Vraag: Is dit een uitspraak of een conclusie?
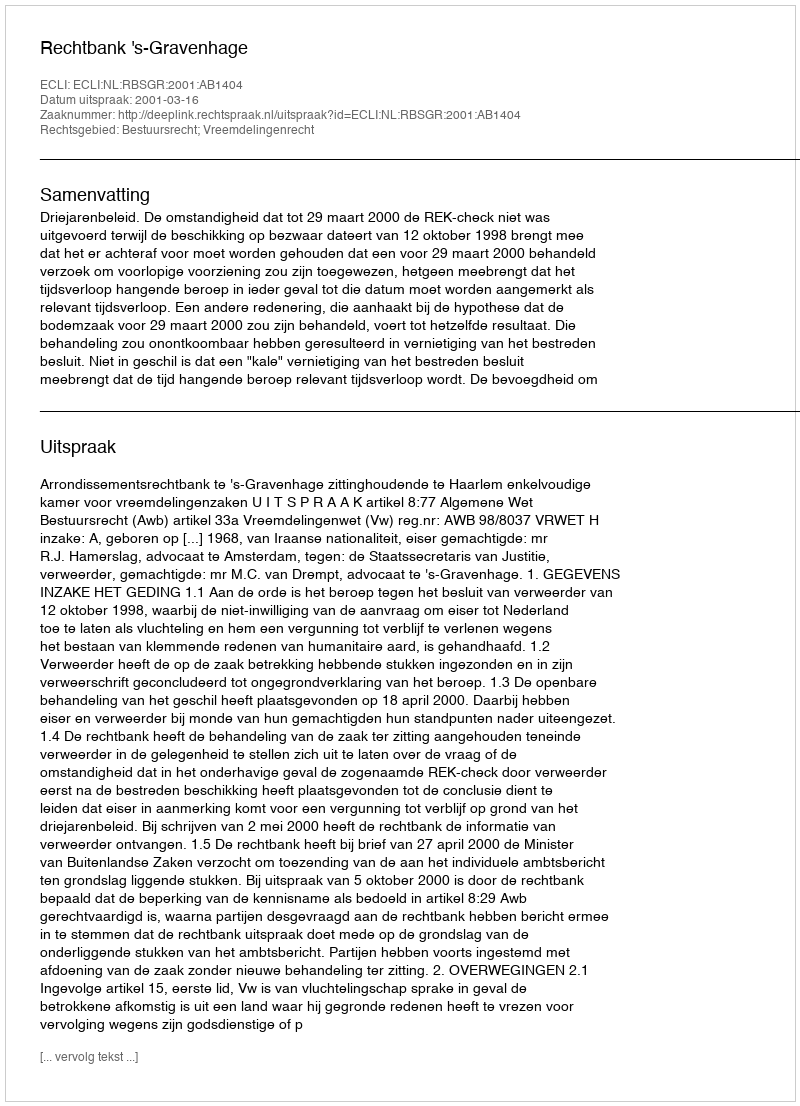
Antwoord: Uitspraak